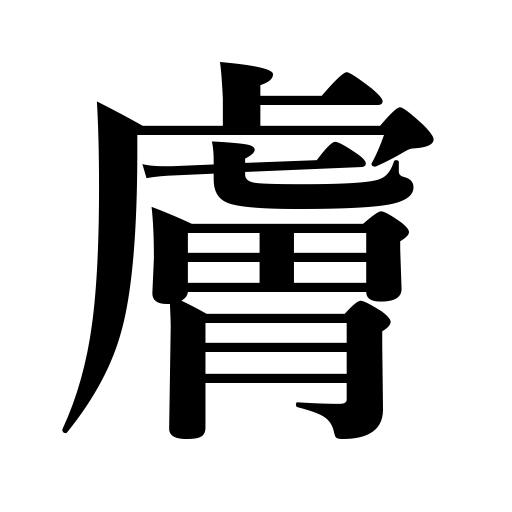
Meanings: body,skin,grain,texture,disposition